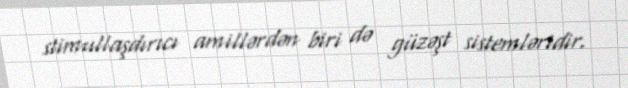
stimullaşdırıcı amillərdən biri də güzəşt sistemləridir.